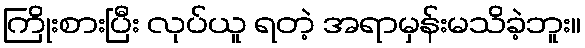
ကြိုးစားပြီး လုပ်ယူ ရတဲ့ အရာမှန်းမသိခဲ့ဘူး။